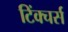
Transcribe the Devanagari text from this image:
टिंक्चर्स